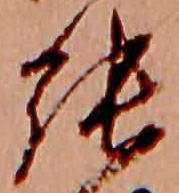
張